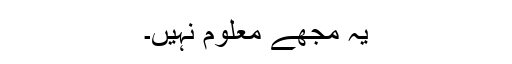
یہ مجھے معلوم نہیں۔